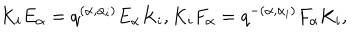
LaTeX: K _ { i } E _ { \alpha } = q ^ { ( \alpha , \alpha _ { i } ) } E _ { \alpha } K _ { i } , K _ { i } F _ { \alpha } = q ^ { - ( \alpha , \alpha _ { i } ) } F _ { \alpha } K _ { i } ,